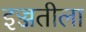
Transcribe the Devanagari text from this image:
इज्जतीला